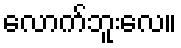
လောက်ဘူးလေ။